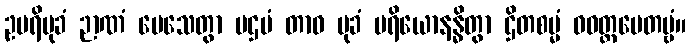
ဥပရိမုခံ ဉာဏံ ပေသေတွာ ပဌမံ တာဝ မုခံ ပရိယောနန္ဓိတွာ ဌိတစမ္မံ ဝဝတ္ထပေတဗ္ဗံ။